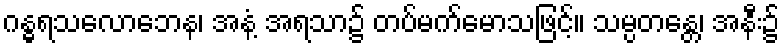
ဂန္ဓရသလောဘေန၊ အနံ့ အရသာ၌ တပ်မက်မောသဖြင့်။ သမ္ပတန္တေ၊ အနီး၌